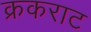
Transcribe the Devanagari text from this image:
क्रकराट